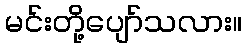
မင်းတို့ပျော်သလား။